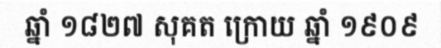
ឆ្នាំ ១៨២៧ សុគត ក្រោយ ឆ្នាំ ១៩០៩